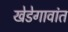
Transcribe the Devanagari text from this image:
खेडेगावांत